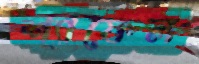
শ্যাফেল